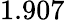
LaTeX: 1.907